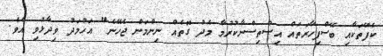
ކެފޭތަކާއި ބޭސްފިހާރަތައް އިސްތިސްނާކުރުމާ މެދު ގޮތެއް ނިންމަން ޖެހޭނެ" އަހުމަދު ވިދާޅުވި އެވެ.